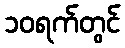
၁၀ရက်တွင်